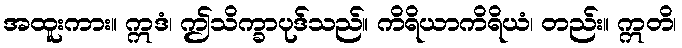
အထူးကား။ ဣဒံ၊ ဤသိက္ခာပုဒ်သည်။ ကိရိယာကိရိယံ၊ တည်း။ ဣတိ၊